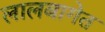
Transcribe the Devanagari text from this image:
लालबागेत